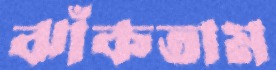
ঝাঁকতাম